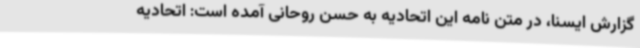
گزارش ایسنا، در متن نامه این اتحادیه به حسن روحانی آمده است: اتحادیه